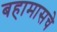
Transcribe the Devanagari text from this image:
बहामासचे